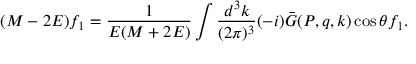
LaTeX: ( M - 2 E ) f _ { 1 } = \frac { 1 } { E ( M + 2 E ) } \int \frac { d ^ { 3 } k } { ( 2 \pi ) ^ { 3 } } ( - i ) \bar { G } ( P , q , k ) \cos \theta f _ { 1 } .